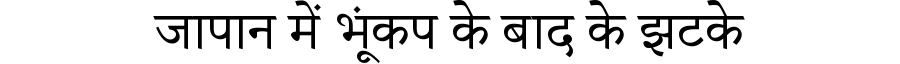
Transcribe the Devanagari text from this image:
जापान में भूंकप के बाद के झटके